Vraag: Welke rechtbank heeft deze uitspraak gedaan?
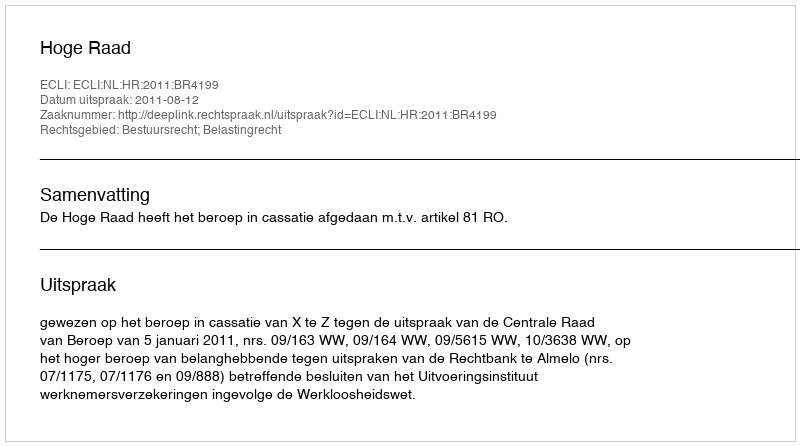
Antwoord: Hoge Raad